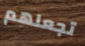
تجعلهم